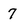
Character: 7